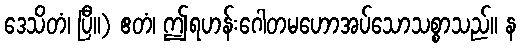
ဒေသိတံ၊ ပြီ။) ဧတံ၊ ဤရဟန်းဂေါတမဟောအပ်သောသစ္စာသည်။ န